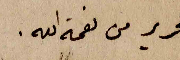
ضمن تحرير من نعمة الله.